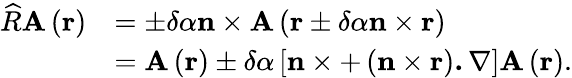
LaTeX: \begin{array}{rl}{\widehat{R}\mathbf{A}\left(\mathbf{r}\right)}&{=\pm\delta\alpha\mathbf{n}\times\mathbf{A}\left(\mathbf{r}\pm\delta\alpha\mathbf{n}\times\mathbf{r}\right)}\\ &{=\mathbf{A}\left(\mathbf{r}\right)\pm\delta\alpha\left[\mathbf{n}\times+\left(\mathbf{n}\times\mathbf{r}\right)\mathbf{.\nabla}\right]\mathbf{A}\left(\mathbf{r}\right).}\end{array}